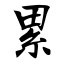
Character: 累